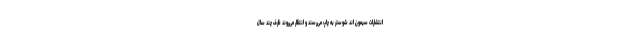
انتشارات سیمون اند شوستر به چاپ می‌رسند و انتظار می‌روند ظرف چند سال